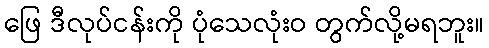
ဖြေ ဒီလုပ်ငန်းကို ပုံသေလုံးဝ တွက်လို့မရဘူး။